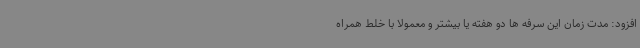
افزود: مدت زمان این سرفه ها دو هفته یا بیشتر و معمولا با خلط همراه